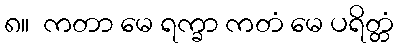
၈။  ကတာ မေ ရက္ခာ ကတံ မေ ပရိတ္တံ